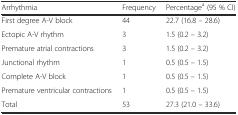
<table><thead><tr><td><b>Arrhythmia</b></td><td><b>Frequency</b></td><td><b>Percentage<sup>a</sup> (95 % CI)</b></td></tr></thead><tbody><tr><td>First degree A-V block</td><td>44</td><td>22.7 (16.8 – 28.6)</td></tr><tr><td>Ectopic A-V rhythm</td><td>3</td><td>1.5 (0.2 – 3.2)</td></tr><tr><td>Premature atrial contractions</td><td>3</td><td>1.5 (0.2 – 3.2)</td></tr><tr><td>Junctional rhythm</td><td>1</td><td>0.5 (0.5 – 1.5)</td></tr><tr><td>Complete A-V block</td><td>1</td><td>0.5 (0.5 – 1.5)</td></tr><tr><td>Premature ventricular contractions</td><td>1</td><td>0.5 (0.5 – 1.5)</td></tr><tr><td>Total</td><td>53</td><td>27.3 (21.0 – 33.6)</td></tr></tbody></table>